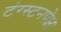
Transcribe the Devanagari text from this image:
टंग्स्टनपेक्षा